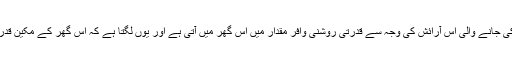
مکمل طور پر شیشے کے استعمال سے کی جانے والی اس آرائش کی وجہ سے قدرتی روشنی وافر مقدار میں اس گھر میں آتی ہے اور یوں لگتا ہے کہ اس گھر کے مکین قدرت سے مکمل ہم آہنگی سے رہ رہے ہیں۔